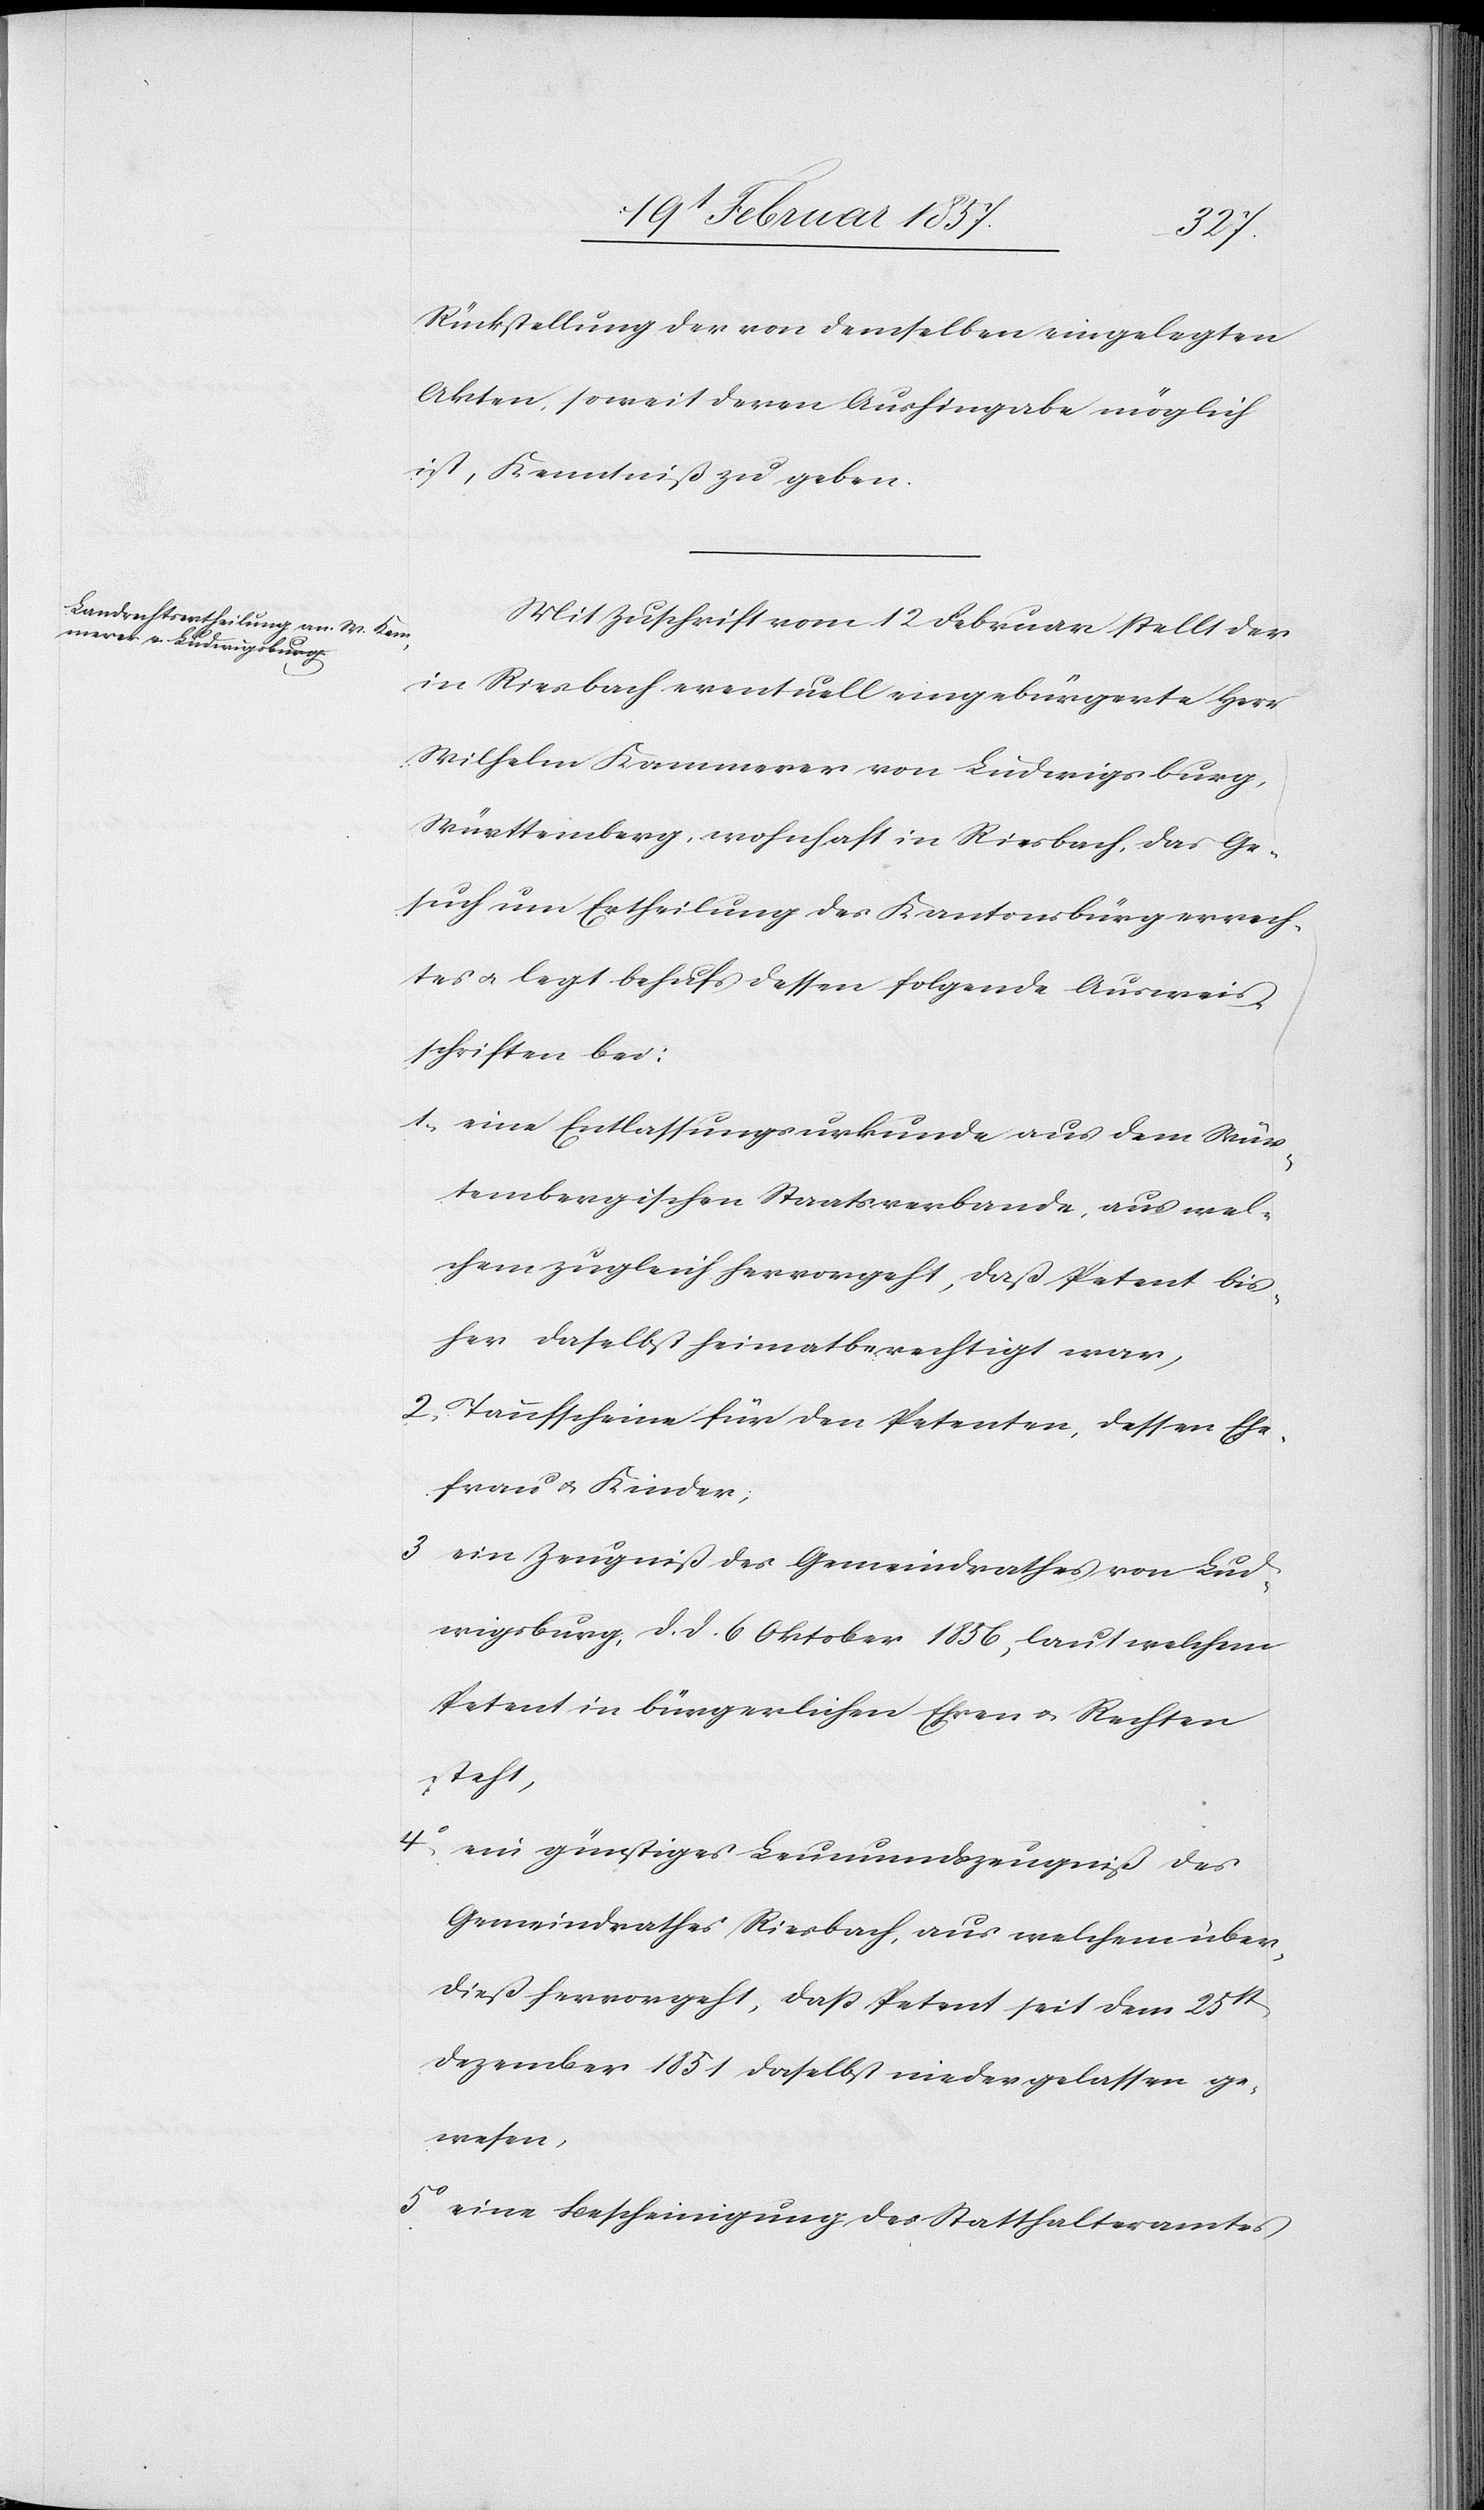
Rückstellung der von demselben eingelegten
Akten, soweit deren Aushingabe möglich
ist, Kenntniß zu geben.
Mit Zuschrift vom 12 Februar stellt der
in Riesbach eventuell eingebürgerte Herr
Wilhelm Kammerer von Ludwigsburg,
Württemberg, wohnhaft in Riesbach, das Ge¬
such um Ertheilung des Kantonsbürgerrech¬
tes u. legt behufs dessen folgende Ausweis¬
schriften bei:
1. eine Entlassungsurkunde aus dem Wür¬
tembergischen Staatsverbande, aus wel¬
chem zugleich hervorgeht, daß Petent bis¬
her daselbst heimatberechtigt war,
2. Taufscheine für den Petenten, dessen Ehe¬
frau u. Kinder,
3 ein Zeugniß des Gemeindrathes von Lud¬
wigsburg, d. d. 6 Oktober 1856, laut welchem
Petent in bürgerlichen Ehren u. Rechten
steht,
4o ein günstiges Leumundszeugniß des
Gemeindrathes Riesbach, aus welchem über¬
dieß hervorgeht, daß Petent seit dem 25st
Dezember 1851 daselbst niedergelassen ge¬
wesen,
5o eine Bescheinigung des Statthalteramtes